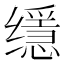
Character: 𦈠